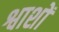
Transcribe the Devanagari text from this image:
श्वाशों